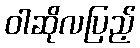
ဝါဆိုလပြည့်